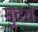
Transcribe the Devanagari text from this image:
मुदरों